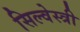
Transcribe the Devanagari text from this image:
सिल्वेस्त्री